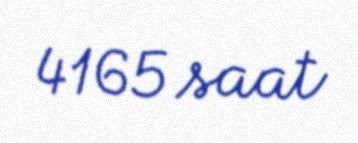
4165 saat